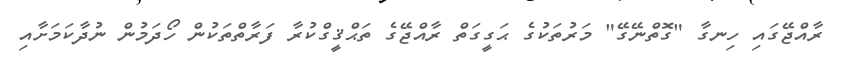
ރާއްޖޭގައި ހިނގާ "ގޮތްނޭގޭ" މަރުތަކުގެ ޙަގީގަތް ރާއްޖޭގެ ތަޙްޤީގްކުރާ ފަރާތްތަކުން ހޯދަމުން ނުދާކަމަށާއި